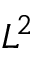
L ^ { 2 }